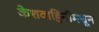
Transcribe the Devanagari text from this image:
केशवाहिनीमधून